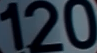
120